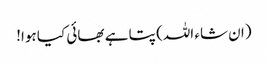
(ان شاء اللہ) پتا ہے بھائی کیا ہوا!